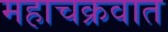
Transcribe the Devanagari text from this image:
महाचक्रवात